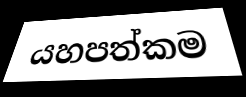
යහපත්කම